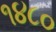
૧૪૮૦